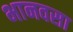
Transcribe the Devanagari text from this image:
भानवसा